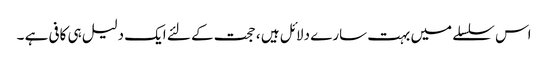
اس سلسلے میں بہت سارے دلائل ہیں ، حجت کے لئے ایک دلیل ہی کافی ہے ۔